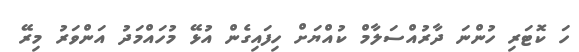
ހަ ކޮޓަރި ހުންނަ ދާރުއްސަލާމް ކުއްޔަށް ހިފައިގެން އުޅޭ މުހައްމަދު އަންވަރު މިރޭ